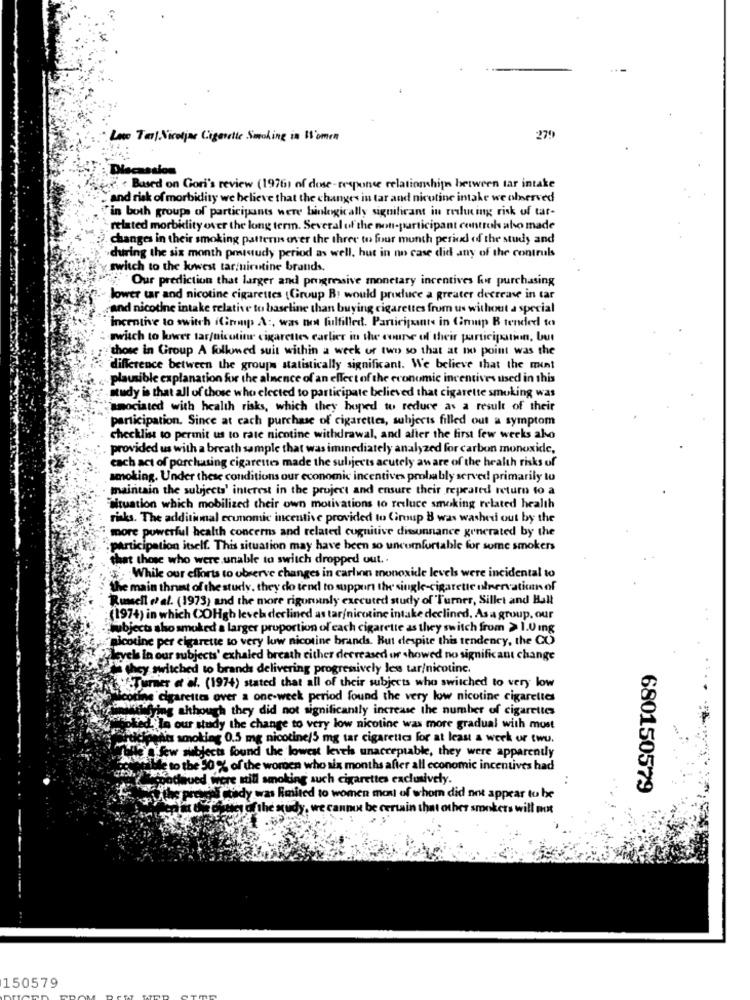
Lote Tail. Vicoljar Cigenetic Smoking in Women
279
Discussion
**- Based on Gori's review (1976) of dose-response relationships between tar intake
and risk of morbidity we believe that the changes in tar and nicotine intake we observed
in both groups of participants were biologically significant in reslucing risk of tar-
related morbidity over the long term. Several of the non-participant controls also made
changes in their smoking patterns over the three to four munch period of the study and
during the six month pristudy period as well, but in no case did any of the contruls
switch to the lowest tarfuirutine brands.
Our prediction that larger and progressive monetary incentives for purchasing
lower tar and nicotine cigarettes (Group B: would produce a greater decrease in tar
and nicotine intake relative to baseline than buying cigarettes from us without a special
incentive to switch (Girmp A :, was not fulfilled. Participants in Cmup B tended to
switch to lower tar/nicotine cigarettes earlier in the course of their participation, but
those in Group A followed suit within a week of two so that at no point was the
difference between the group statistically significant. We believe that the ment
plausible explanation for the almence of an effect of the economic incentives used in this
study is that all of those who elected to participate believed that cigarette smoking was
unociated with health risks, which they hoped to reduce as a result of their
participation. Since at cach purchase of cigarettes, subjects filled out a symptom
checklist to permit us to rate nicotine withdrawal, and after the first few weeks ako
provided us with a breath sample that was iminediately analyzed for carbon monoxide,
cach act of porchasing cigarettes made the subjects acutely aware of the health risks of
smoking. Under these conditions our economic incentives probably served primarily tu
maintain the subjects' interest in the project and ensure their repeated return to a
situation which mobilized their own motivations to reduce smoking related health
risks. The additional economic incentive provided to Group B was washed out by the
more powerful health concerns and related cognitive dissunnance generated by the
participation itself. This situation may have been so uncomfortable for some smokers
that those who were unable to switch dropped out ..
While our efforts to observe changes in carbon monoxide levels were incidental to
the main thrust of the study. they do tend to support the single-cigarette ulnervation of
Russell of al. (1973) and the more riguruinly executed study of Turner, Sillet and Hall
(1974) in which COHgh level declined as tar/nicotine intake declined. As a group, our
subjects sho smoked a larger proportion of each cigarette as they switch from > 1.0 mg
picotine per cigarette to very low nicotine brands. But despite this tendency, the CO
levels in our subjects' exhaled breath either decreased or showed no significant change
they switched to brands delivering progressively less tar/nicotine.
"Turnier et al. (1974) stated that all of their subjects who switched to very low
oting cigarettes over a one-week period found the very low nicotine cigarettes
Wwwying although they did not significantly increase the number of cigarettes
hotel In our study the change to very low nicotine was more gradual with most
www .moliet 0.5 mg nicotine/5 mg tar cigaretica for at least a week ur twu.
Mille A few subjects found the lowest level unacceptable, they were apparently
W Le to the 30 % of the women who six months after all economic incentives had
shah Schaued Were still smoking auch cigarettes exclusively.
680150579
the present study was limited to women most of whom did not appear to be
Team of the audy, we cannot be certain that other smokers will mot
150579